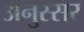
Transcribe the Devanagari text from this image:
अनुस्सर